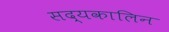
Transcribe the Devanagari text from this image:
सद्यकालिन